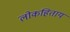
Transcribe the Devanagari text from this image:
लोकहिताय